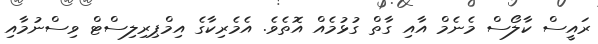
ރައީސް ކާލޯސް މެނެމް އާއި ގާތް ގުޅުމެއް އޮތެވެ. އެމެރިކާގެ އިމްޕިރިލިސްޓް ވިސްނުމާއި